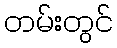
တမ်းတွင်